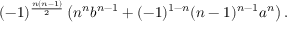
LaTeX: ( - 1 ) ^ { \frac { n ( n - 1 ) } { 2 } } \left( n ^ { n } b ^ { n - 1 } + ( - 1 ) ^ { 1 - n } ( n - 1 ) ^ { n - 1 } a ^ { n } \right) .